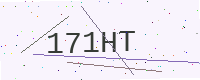
Text: 171HT